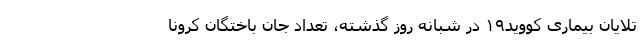
تلایان بیماری کووید۱۹ در شبانه روز گذشته، تعداد جان باختگان کرونا